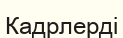
Кадрлерді